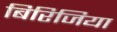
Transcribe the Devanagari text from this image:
बिरिजिया